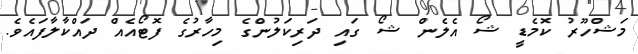
މަޝްހޫރު ކޮމެޑީ ޝޯ އެލެން ޝޯ ގައި ދަރިކަލުންގެ މިހާރުގެ ފޮޓޯއެއް ދައްކާލާފައެވެ.